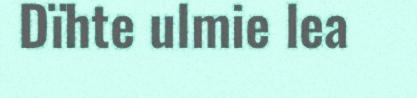
Dïhte ulmie lea